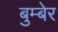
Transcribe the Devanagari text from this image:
बुम्बेर